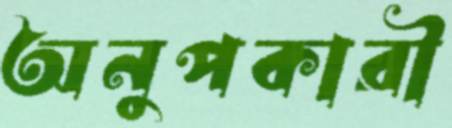
অনুপকারী